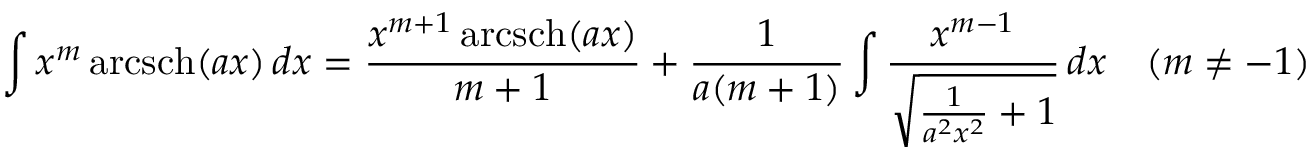
\int x ^ { m } \operatorname { a r c s c h } ( a x ) \, d x = { \frac { x ^ { m + 1 } \operatorname { a r c s c h } ( a x ) } { m + 1 } } + { \frac { 1 } { a ( m + 1 ) } } \int { \frac { x ^ { m - 1 } } { \sqrt { { \frac { 1 } { a ^ { 2 } x ^ { 2 } } } + 1 } } } \, d x \quad ( m \neq - 1 )